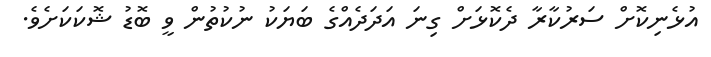
އުޅެނިކޮށް ސަރުކާރާ ދެކޮޅަށް ގިނަ އަދަދެއްގެ ބަޔަކު ނުކުތުން ވީ ބޮޑު ޝޮކަކަށެވެ.